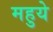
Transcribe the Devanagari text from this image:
महुये